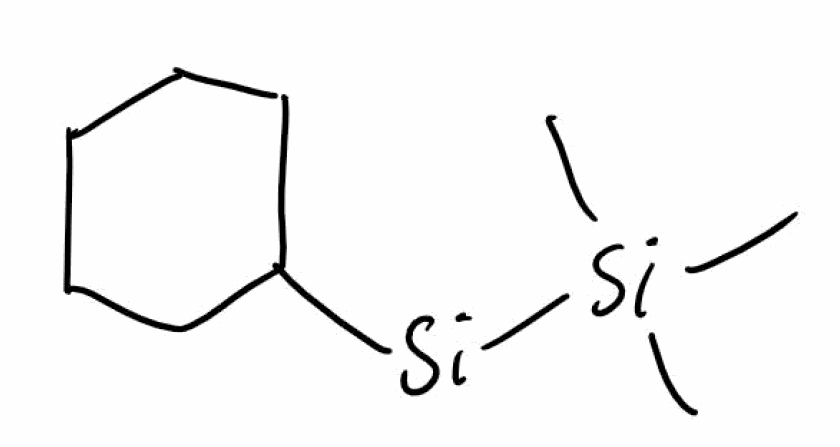
Simplified molecular-input line-entry system (SMILES) notation of the given molecule:
C[Si](C)(C)[Si]C1CCCCC1